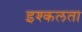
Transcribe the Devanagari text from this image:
इश्कलता